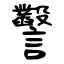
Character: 𧮙